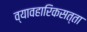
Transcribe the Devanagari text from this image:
व्यावहारिकसत्ता